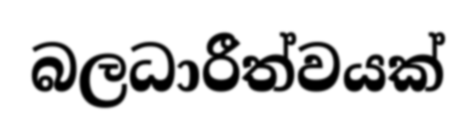
බලධාරීත්වයක්